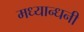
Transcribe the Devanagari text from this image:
मध्यान्धनी